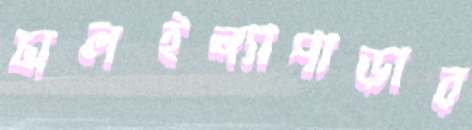
চালইন্যাপাড়ার